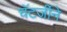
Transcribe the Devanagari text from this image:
चॅटर्जीने